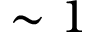
\sim 1